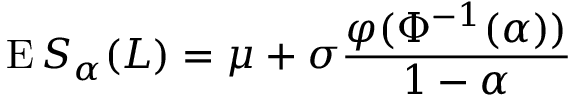
\operatorname { E } S _ { \alpha } ( L ) = \mu + \sigma { \frac { \varphi ( \Phi ^ { - 1 } ( \alpha ) ) } { 1 - \alpha } }